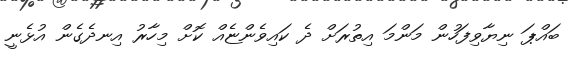
ބައްޕަ ނިޔާވިފަހުން މަންމަ އިތުރަށް ދެ ކައިވެންޏެއް ކޮށް މިހާރު އިނދެގެން އުޅެނީ